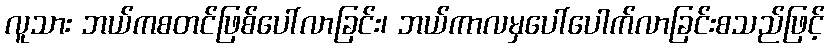
လူသား ဘယ်ကစတင်ဖြစ်ပေါ်လာခြင်း၊ ဘယ်ကာလမှပေါ်ပေါက်လာခြင်းစသည်ဖြင့်